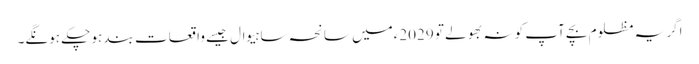
اگر یہ مظلوم بچے آپ کو نہ بھولے تو 2029ءمیں سانحہ ساہیوال جیسے واقعات بند ہو چکے ہونگے۔